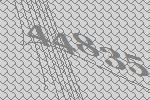
44835